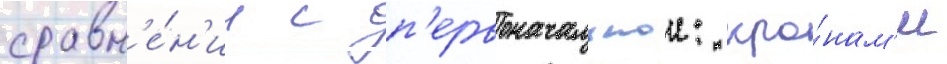
сравн'е́н'ии с п'ервоначальнои: кро́нам'и